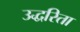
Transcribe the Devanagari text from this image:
उद्धरिता